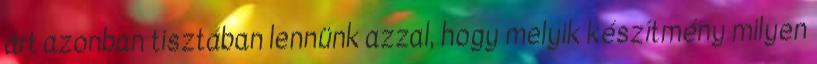
árt azonban tisztában lennünk azzal, hogy melyik készítmény milyen